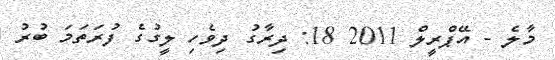
މާލެ - އޭޕްރީލް 2011 18: ދިރާގު ދިވެހި ލީގުގެ ފުރަތަމަ ބުރު